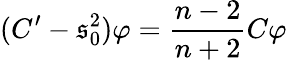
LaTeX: (C^{\prime}-\mathfrak{s}_{0}^{2})\varphi=\frac{{n-2}}{{n+2}}C\varphi